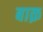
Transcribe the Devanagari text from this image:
बाक़